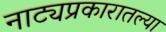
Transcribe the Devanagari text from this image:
नाट्यप्रकारातल्या